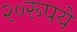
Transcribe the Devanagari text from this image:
२०रूपये